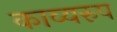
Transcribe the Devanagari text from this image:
काव्यरुप